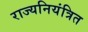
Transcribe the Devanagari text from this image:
राज्यनियंत्रित